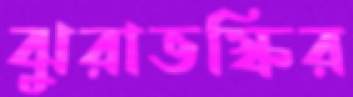
ঝুরাভস্কির